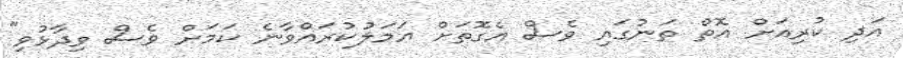
އަދި ކުރިއަށް އޮތް ތަނުގައި ވެސް އެގޮތަށް އަމަލުކުރައްވާނެ ކަމަށް ވެސް ވިދާޅުވި"